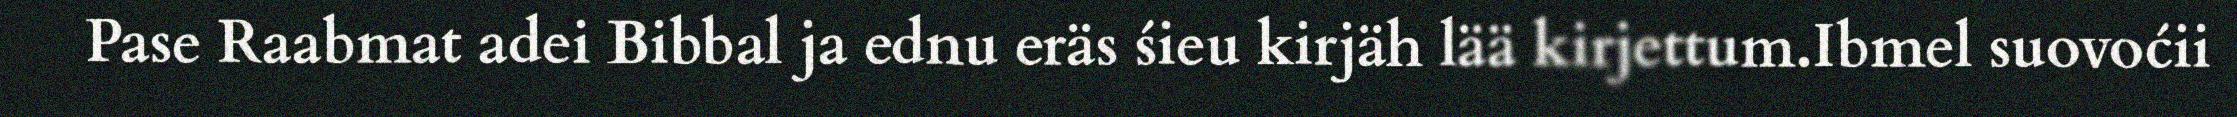
Pase Raabmat adei Bibbal ja ednu eräs śieu kirjäh lää kirjettum.Ibmel suovoćii